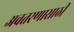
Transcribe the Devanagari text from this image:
अवतरणासाठी